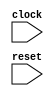
module cpu(clock, reset);
	input clock;
	input reset;

	reg [31:0] pc;

	always @(posedge clock) begin
		if (reset) begin
			pc <= 32'd0;
		end else begin
			pc <= pc + 32'd2;
		end
	end

	wire [15:0] inst;
	pmem pmem(.addr(pc), .data(inst));

	wire [4:0] select = inst[11:7];
	wire [31:0] immediate_value = {{27{inst[12]}}, inst[6:2]};

	wire [31:0] current_value;
	wire [31:0] new_value = current_value + immediate_value;

	regs regs(.clock(clock), .reset(reset), .select(select), .in_data(new_value), .out_data(current_value));

endmodule

module pmem(addr, data);
	input[31:0] addr;
	output[15:0] data;

	reg [15:0] mem[0:1023];

	assign data = mem[addr[10:1]];

endmodule

module regs(clock, reset, select, in_data, out_data);
	input clock;
	input reset;
	input[4:0] select;
	input[31:0] in_data;
	output[31:0] out_data;

	reg [31:0] regs[0:31];

	assign out_data = select == 5'd0 ? 32'd0 : regs[select];

	integer i;
	always @(posedge clock) begin
		if (reset) begin
			for (i = 0; i < 32; i = i + 1) begin
				regs[i] <= 32'd0;
			end
		end else begin
			if (select != 5'd0) begin
				regs[select] <= in_data;
			end
		end
	end

endmodule